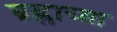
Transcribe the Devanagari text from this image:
ब्रह्राच्या